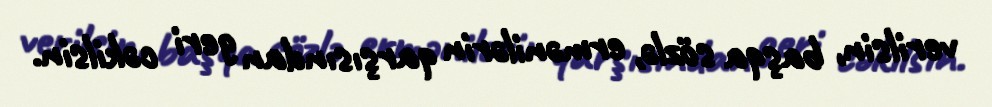
verilsin, başqa sözlə, ermənilərin qarşısından geri cəkilsin.